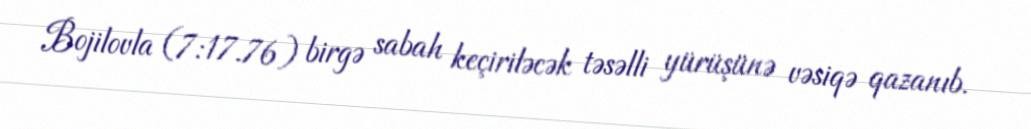
Bojilovla (7:17.76) birgə sabah keçiriləcək təsəlli yürüşünə vəsiqə qazanıb.